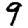
Digit: 9